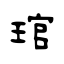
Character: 琯